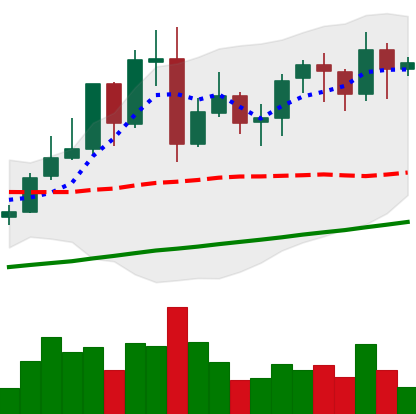
Ticker: LINK-USD
Chart end date: 2021-11-07
Forward return: 5.923%
Label: up_5_7